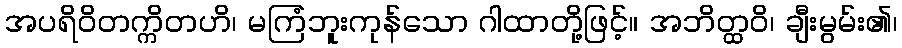
အပရိဝိတက္ကိတဟိ၊ မကြံဘူးကုန်သော ဂါထာတို့ဖြင့်။ အဘိတ္ထဝိ၊ ချီးမွမ်း၏၊